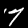
Digit: 7